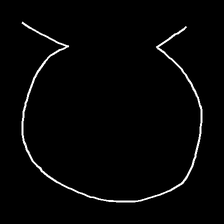
Glyph: weave